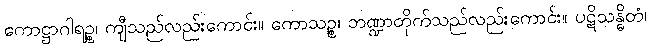
ကောဋ္ဌာဂါရဉ္စ၊ ကျီသည်လည်းကောင်း။ ကောသဉ္စ၊ ဘဏ္ဍာတိုက်သည်လည်းကောင်း။ ပဋိသန္ဓိတံ၊